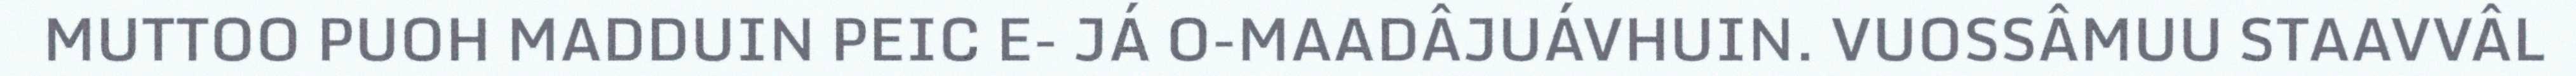
MUTTOO PUOH MADDUIN PEIC E- JÁ O-MAADÂJUÁVHUIN. VUOSSÂMUU STAAVVÂL